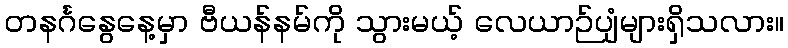
တနင်္ဂနွေနေ့မှာ ဗီယန်နမ်ကို သွားမယ့် လေယာဉ်ပျံများရှိသလား။